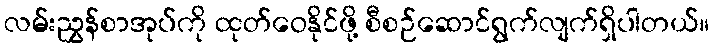
လမ်းညွှန်စာအုပ်ကို ထုတ်ဝေနိုင်ဖို့ စီစဉ်ဆောင်ရွက်လျက်ရှိပါတယ်။